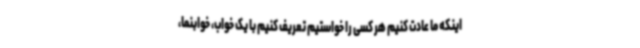
اینکه ما عادت کنیم هر کسی را خواستیم تعریف کنیم با یک خواب، خوابنما،